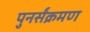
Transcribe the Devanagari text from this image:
पुनर्संक्रमण